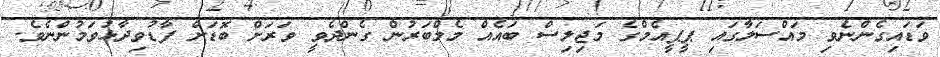
ވަޑައިގެންނެވި މައްސަލާގައި ޕީޕީއެމްގެ މަޖިލިސް ބައެއް މެމްބަރުން ގެންދެވީ ވަރަށް ބޮޑަށް ފާޑުވިދާޅުވަމުންނެވެ.